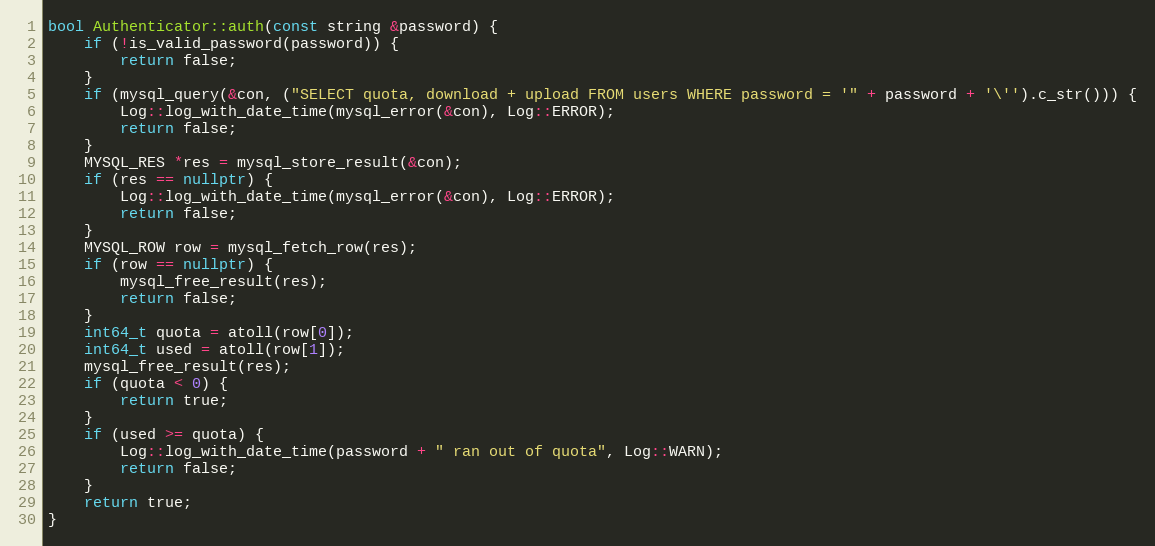
Language: C++
bool Authenticator::auth(const string &password) {
    if (!is_valid_password(password)) {
        return false;
    }
    if (mysql_query(&con, ("SELECT quota, download + upload FROM users WHERE password = '" + password + '\'').c_str())) {
        Log::log_with_date_time(mysql_error(&con), Log::ERROR);
        return false;
    }
    MYSQL_RES *res = mysql_store_result(&con);
    if (res == nullptr) {
        Log::log_with_date_time(mysql_error(&con), Log::ERROR);
        return false;
    }
    MYSQL_ROW row = mysql_fetch_row(res);
    if (row == nullptr) {
        mysql_free_result(res);
        return false;
    }
    int64_t quota = atoll(row[0]);
    int64_t used = atoll(row[1]);
    mysql_free_result(res);
    if (quota < 0) {
        return true;
    }
    if (used >= quota) {
        Log::log_with_date_time(password + " ran out of quota", Log::WARN);
        return false;
    }
    return true;
}